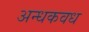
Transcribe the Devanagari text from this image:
अन्धकवध